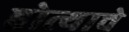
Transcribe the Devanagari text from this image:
होत्याचे